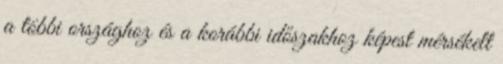
a többi országhoz és a korábbi időszakhoz képest mérsékelt